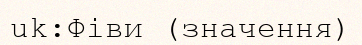
uk:Фіви (значення)